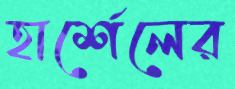
হার্শেলের